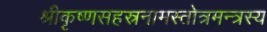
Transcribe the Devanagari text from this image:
श्रीकृष्णसहस्रनामस्तोत्रमन्त्रस्य